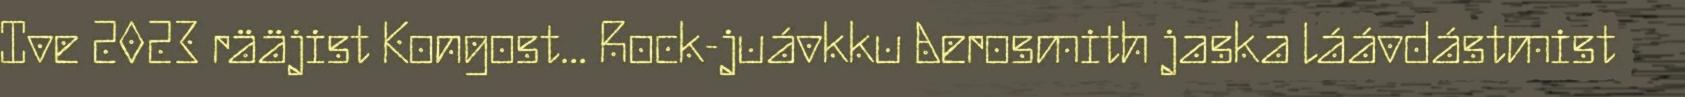
Ive 2023 rääjist Kongost... Rock-juávkku Aerosmith jaska láávdástmist